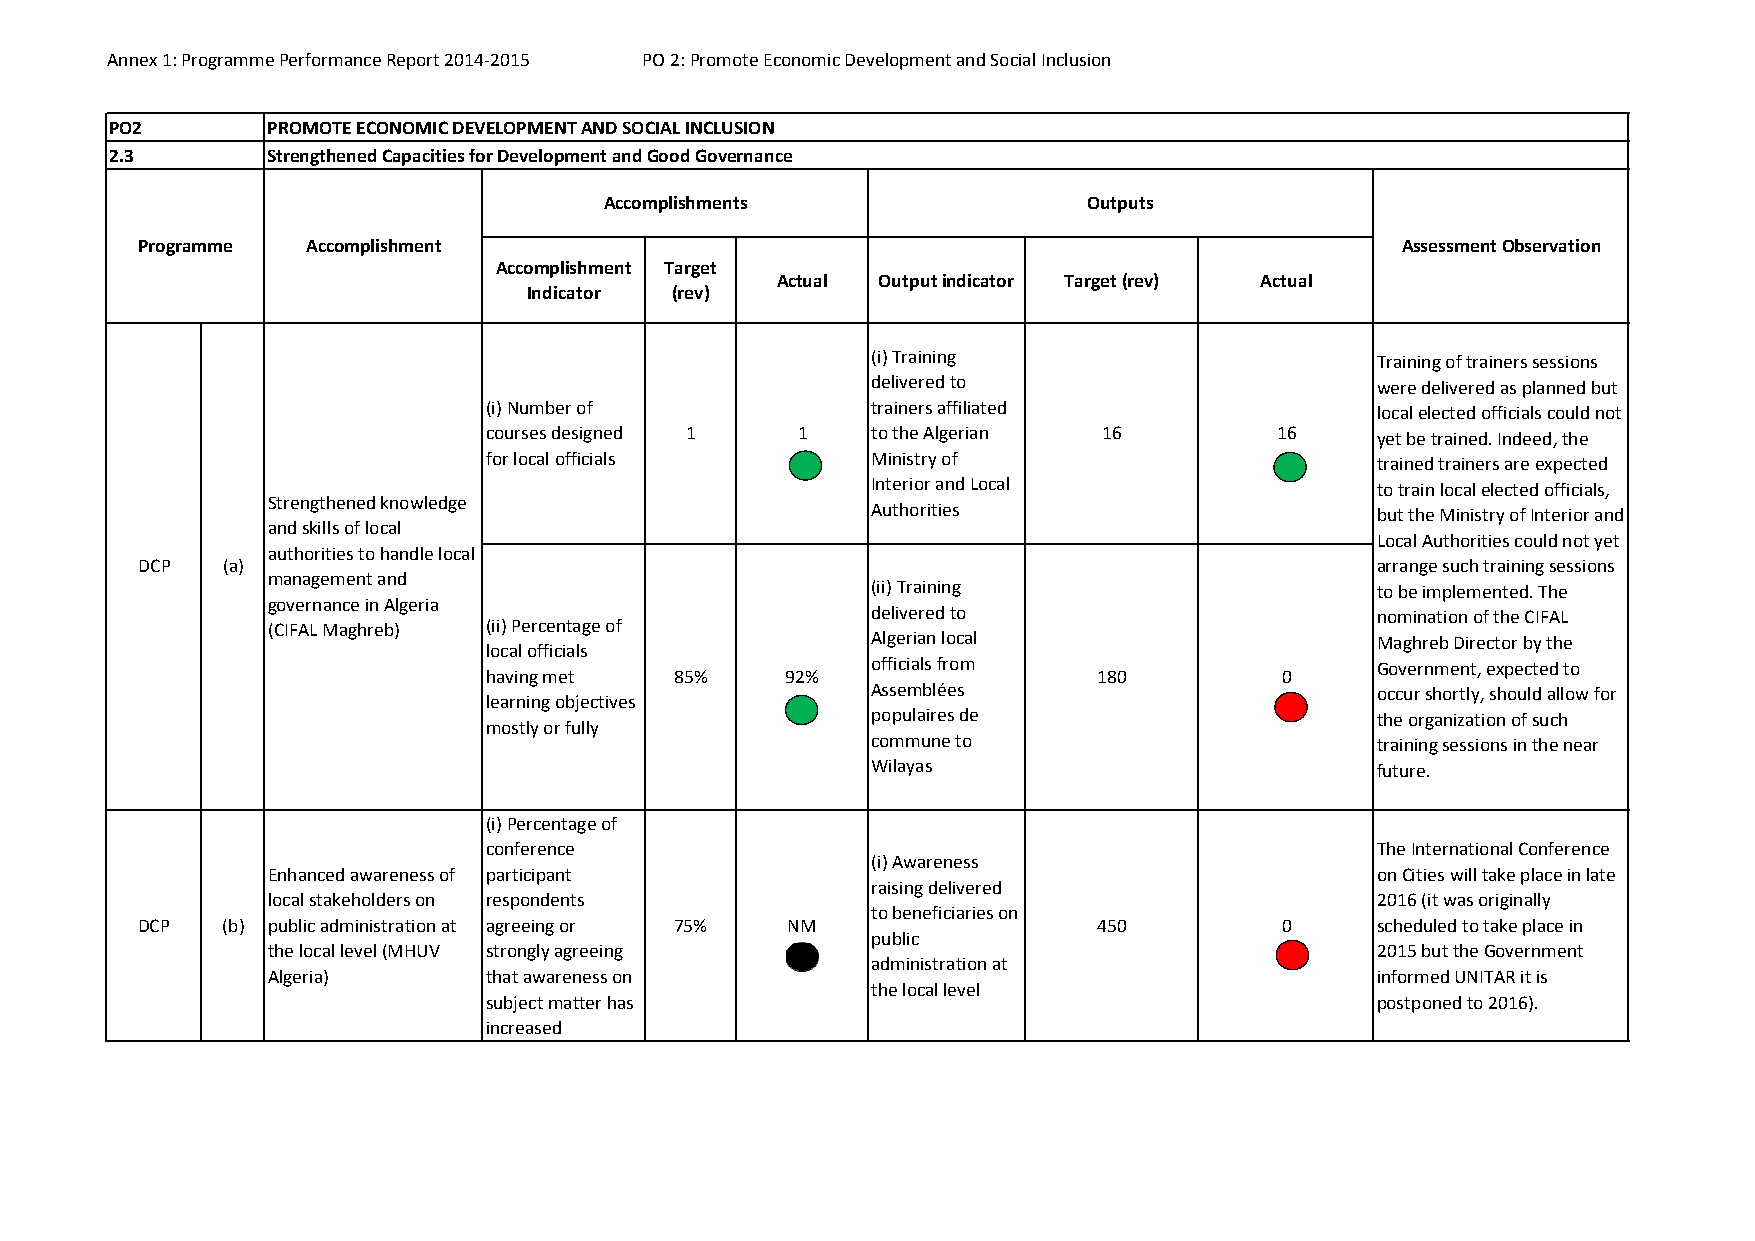
Annex 1: Programme Performance Report 2014‐2015 PO 2: Promote Economic Development and Social Inclusion
 PO2        PROMOTE ECONOMIC DEVELOPMENT AND SOCIAL INCLUSION
 2.3        Strengthened Capacities for Development and Good Governance
 Accomplishments                 Outputs
 Programme  Accomplishment                                                           Assessment Observation
 Accomplishment Target
 Actual Output indicator Target (rev) Actual
 Indicator (rev)
 (i) Training                     Training of trainers sessions
 delivered to                     were delivered as planned but
 (i) Number of             trainers affiliated              local elected officials could not
 courses designed 1   1    to the Algerian 16        16     yet be trained. Indeed, the
 for local officials       Ministry of                      trained trainers are expected
 Interior and Local               to train local elected officials,
 Strengthened knowledge
 Authorities                      but the Ministry of Interior and
 and skills of local
 Local Authorities could not yet
 authorities to handle local
 DCP   (a)                                                                         arrange such training sessions
 management and
 (ii) Training                    to be implemented. The
 governance in Algeria
 delivered to                     nomination of the CIFAL
 (CIFAL Maghreb) (ii) Percentage of
 Algerian local                   Maghreb Director by the
 local officials
 officials from                   Government, expected to
 having met   85%    92%                  180         0
 Assemblées                       occur shortly, should allow for
 learning objectives
 populaires de                    the organization of such
 mostly or fully
 commune to                       training sessions in the near
 Wilayas                          future.
 (i) Percentage of
 conference                                                 The International Conference
 (i) Awareness
 Enhanced awareness of participant                                        on Cities will take place in late
 raising delivered
 local stakeholders on respondents                                        2016 (it was originally
 to beneficiaries on
 DCP   (b) public administration at agreeing or 75% NM           450         0     scheduled to take place in
 public
 the local level (MHUV strongly agreeing                                  2015 but the Government
 administration at
 Algeria)      that awareness on                                          informed UNITAR it is
 the local level
 subject matter has                                         postponed to 2016).
 increased